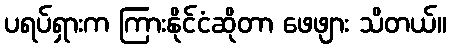
ပရပ်ရှားက ကြားနိုင်ငံဆိုတာ ဖေဖျား သိတယ်။